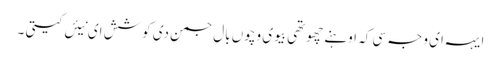
ایہہ ای وجہ سی کہ اوہنے چھوتھی بیوی وچوں بال جمن دی کوشش ای نیئں کیتی ۔